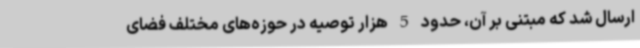
ارسال شد که مبتنی بر آن، حدود 5 هزار توصیه در حوزه‌های مختلف فضای